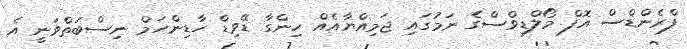
ފްރެންޑްސް އޮފް މޯލްޑިވްސްގެ ނަމުގައި ޖަމިއްޔާއެއް ހިންގާ ޑޭވިޑް ހާޑިންހަމް ނިސްބަތްވަނީ އެ